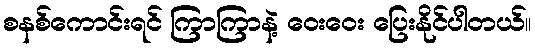
စနစ်ကောင်းရင် ကြာကြာနဲ့ ဝေးဝေး ပြေးနိုင်ပါတယ်။